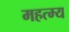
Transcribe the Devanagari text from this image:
महत्म्य